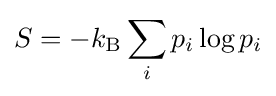
S=-k_{\mathrm {B} }\sum _{i}p_{i}\log p_{i}